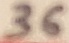
Text: 36